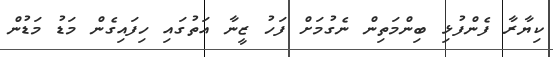
ކިޔާރާ ފެންފުޅި ބިންމަތިން ނެގުމަށް ފަހު ޒީނާ އަތުގައި ހިފައިގެން މަޑު މަޑުން